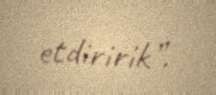
etdiririk”.